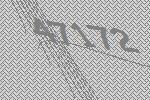
47172